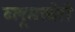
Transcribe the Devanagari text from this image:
ब्लूमस्बेरी